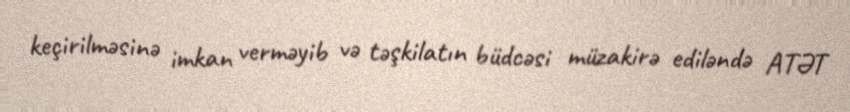
keçirilməsinə imkan verməyib və təşkilatın büdcəsi müzakirə ediləndə ATƏT